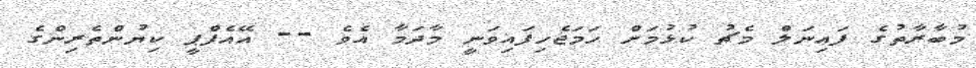
މުބާރާތުގެ ފައިނަލް މެޗު ކުޅުމަށް ހަމަޖެހިފައިވަނީ މާދަމާ އެވެ -- އޭއެފްޕީ ކިޔުންތެރިންގެ